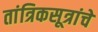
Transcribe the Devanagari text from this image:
तांत्रिकसूत्रांचे